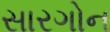
સારગોન